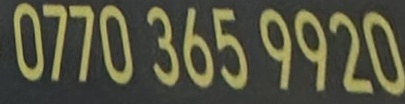
0770 365 9920